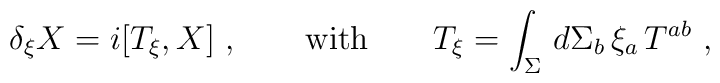
\delta_{\xi} X = i [T_{\xi}, X]\ , \qquad {\rm with}\qquad  T_{\xi} =\int_{\Sigma}\, d\Sigma_b\, \xi_a\, T^{ab}\ ,